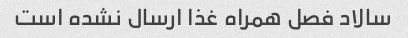
سالاد فصل همراه غذا ارسال نشده است